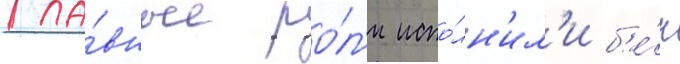
Гла́вные ро́л'и испо́лн'ил'и б'е́н